Report on vaccination in Madras 1922-1929 - 1922-1929
Year: 1922
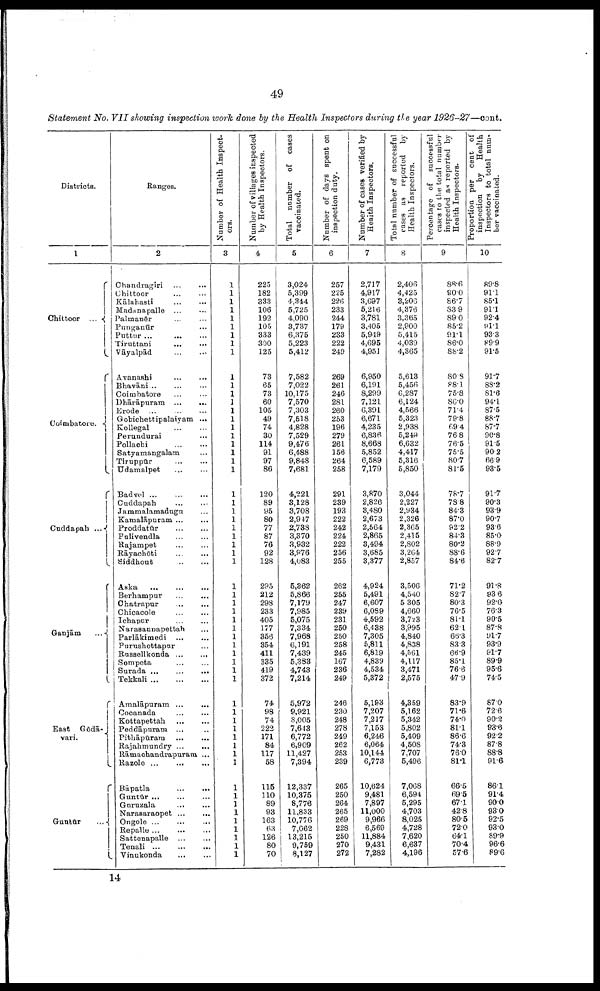
49
Statement No. VII showing inspection work done by the Health Inspectors during the year 1926-27—cont.
Districts.
1
Chittoor ...
Coimbatore.
Cuddapah
...
Ganjām
...
East
Gōdā¬
vari.
Guntūr
...
Ranges.
2
Chandragiri ... ...
Chittoor ... ...
Kālahasti
...
...
Madanapalle ... ...
Palmanēr ... ...
Punganūr ...
Puttur
...
...
...
Tiruttani
...
...
Vāyalpād ... ...
Avanashi
...
...
Bhavāni
...
...
...
Coimbatore ... ...
Dhārāpuram
...
...
Erode
...
...
...
Gobichettipalaiyam ...
Kollegal
...
...
Perundurai ...
Pollachi
...
...
Satyamangalam ...
Tiruppūr
...
...
Udamalpet
...
...
Badvel
...
...
...
Cuddapah ... ...
Jammalamadugu ...
Kamalāpuram ... ...
Proddatūr
...
...
Pulivendla ... ...
Rajampet
...
...
Rāyachōti
...
...
Siddhout
...
...
Aaka
...
...
...
Berhampur ... ... ...
Chatrapur
...
...
Chicacole
...
...
Ichapur
...
...
Narasannapettah ...
Parlākimedi
...
...
Purushottapur ...
Russellkonda
...
...
Sompeta
...
...
Surada
...
...
...
Tekkali
...
...
...
Amalāpuram
...
...
Cocanada
...
...
Kottapettah
...
...
Peddāpuram ... ...
Pithāpuram
...
...
Rajahmundry ...
...
Rāmachandrapuram ...
Razole
...
...
...
Rāpatla
...
...
Guntūr
...
...
...
Guruzala
...
...
Narasaraopet
...
...
Ongole
...
...
...
Repalle
...
...
...
Sattenapalle
Tenali
...
...
...
Vinukonda
...
...
Number of Health Inspect
ors.
3
1
1
1
1
1
1
1
1
1
1
1
1
1
1
1
1
1
1
1
1
1
1
1
1
1
1
1
1
1
1
1
1
1
1
1
1
1
1
1
1
1
1
1
1
1
1
1
1
1
1
1
1
1
1
1
1
1
1
1
Number of villages inspected
by Health Inspectors.
4
225
182
333
106
192
105
333
300
125
73
65
73
60
105
49
74
30
114
91
97
86
120
89
95
80
77
87
76
92
128
295
212
298
233
405
177
356
354
411
335
419
372
74
98
74
222
171
84
117
58
115
110
89
93
163
63
126
80
70
Total number of cases
vaccinated.
5
3,024
5,399
4,344
5,725
4,090
3,737
6,375
5,223
5,412
7,582
7,022
10,175
7,570
7,303
7,518
4,828
7,529
9,476
6,488
9,848
7,681
4,221
3,128
3,708
2,947
2,738
3,370
3,932
3,976
4,083
5,362
5,866
7,179
7,985
5,075
7,334
7,968
6,191
7,439
5,383
4,743
7,214
5,972
9,921
8,005
7,643
6,772
6,909
11,427
7,394
12,337
10,375
8,776
11,833
10,776
7,062
13,215
9,759
8,127
Number of days spent on
inspection duty.
6
257
225
226
233
244
179
233
222
249
269
261
246
281
260
253
196
279
261
156
264
258
291
239
193
222
242
224
222
256
255
262
255
247
239
231
250
250
258
245
167
236
249
246
230
248
278
249
262
253
239
265
250
264
265
269
228
250
270
272
Number of cases verified by
Health Inspectors.
7
2,717
4,917
3,697
5,216
3,781
3,405
5,949
4,695
4,951
6,950
6,191
8,299
7,121
6,391
6,671
4,235
6,836
8,668
5,852
6,589
7,179
3,870
2,826
3,480
2,673
2,564
2,865
3,494
3,685
3,377
4,924
5,491
6,607
6,089
4,592
6,438
7,305
5,811
6,819
4,839
4,534
5,372
5,193
7,207
7,217
7,153
6,246
6,064
10,144
6,773
10,624
9,481
7,897
11,000
9,966
6,569
11,884
9,431
7,282
Total number of successful
cases as reported by
Health Inspectors.
8
2,406
4,425
3,206
4,376
3,365
2,900
5,415
4,039
4,365
5,613
5,456
6,287
6,124
4,566
5,323
2,938
5,249
6,632
4,417
5,316
5,850
3,044
2,227
2,934
2,326
2,365
2,415
2,802
3,264
2,857
3,506
4,540
5,305
4,660
3,723
3,995
4,840
4,838
4,561
4,117
3,471
2,575
4,359
5,162
5,342
5,802
5,409
4,508
7,707
5,496
7,068
6,594
5,295
4,703
8,025
4,728
7,620
6,637
4,196
Percentage of successful
cases
to the total number
inspected as reported by
Health Inspectors.
9
88.6
90.0
86.7
83.9
89.0
85.2
91.1
86.0
88.2
80.8
88.1
75.8
86.0
71.4
79.8
69.4
76.8
76.5
75.5
80.7
81.5
78.7
78.8
84.3
87.0
92.2
84.3
80.2
88.6
84.6
71.2
82.7
80.3
76.5
81.1
62.1
66.3
83.3
66.9
85.1
76.6
47.9
83.9
71.6
74.0
81.1
86.6
74.3
76.0
81.1
66.5
69.5
67.1
42.8
80.5
72.0
64.1
70.4
57.6
Proportion per cent of
inspection by
Health
Inspectors to total num¬
ber vaccinated.
10
89.8
91.1
85.1
91.1
92.4
91.1
93.3
89.9
91.5
91.7
88.2
81.6
94.1
87.5
88.7
87.7
90.8
91.5
90.2
66.9
93.5
91.7
90.3
93.9
90.7
93.6
85.0
88.9
92.7
82.7
91.8
93.6
92.0
76.3
90.5
87.8
91.7
93.9
91.7
89.9
95.6
74.5
87.0
72.6
90.2
93.6
92.2
87.8
88.8
91.6
86.1
91.4
90.0
93.0
92.5
93.0
89.9
96.6
89.6
14